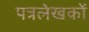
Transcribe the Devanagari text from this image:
पत्रलेखकों